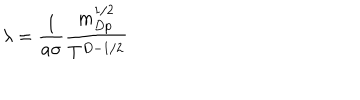
\lambda = \frac { 1 } { a \sigma } \frac { m _ { D p } ^ { 1 / 2 } } { T ^ { D - 1 / 2 } }